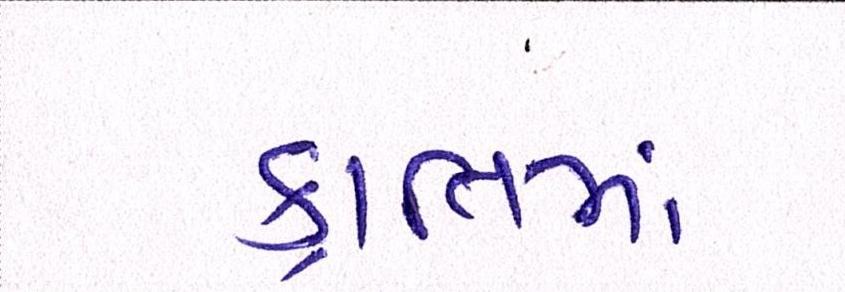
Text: ક્રાંતિમાં